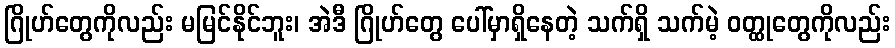
ဂြိုဟ်တွေကိုလည်း မမြင်နိုင်ဘူး၊ အဲဒီ ဂြိုဟ်တွေ ပေါ်မှာရှိနေတဲ့ သက်ရှိ သက်မဲ့ ဝတ္ထုတွေကိုလည်း